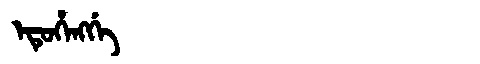
Manchu: ᡝᡨᡠᡥᡝᠩᡤᡝ
Romanization: ETUHENGGE